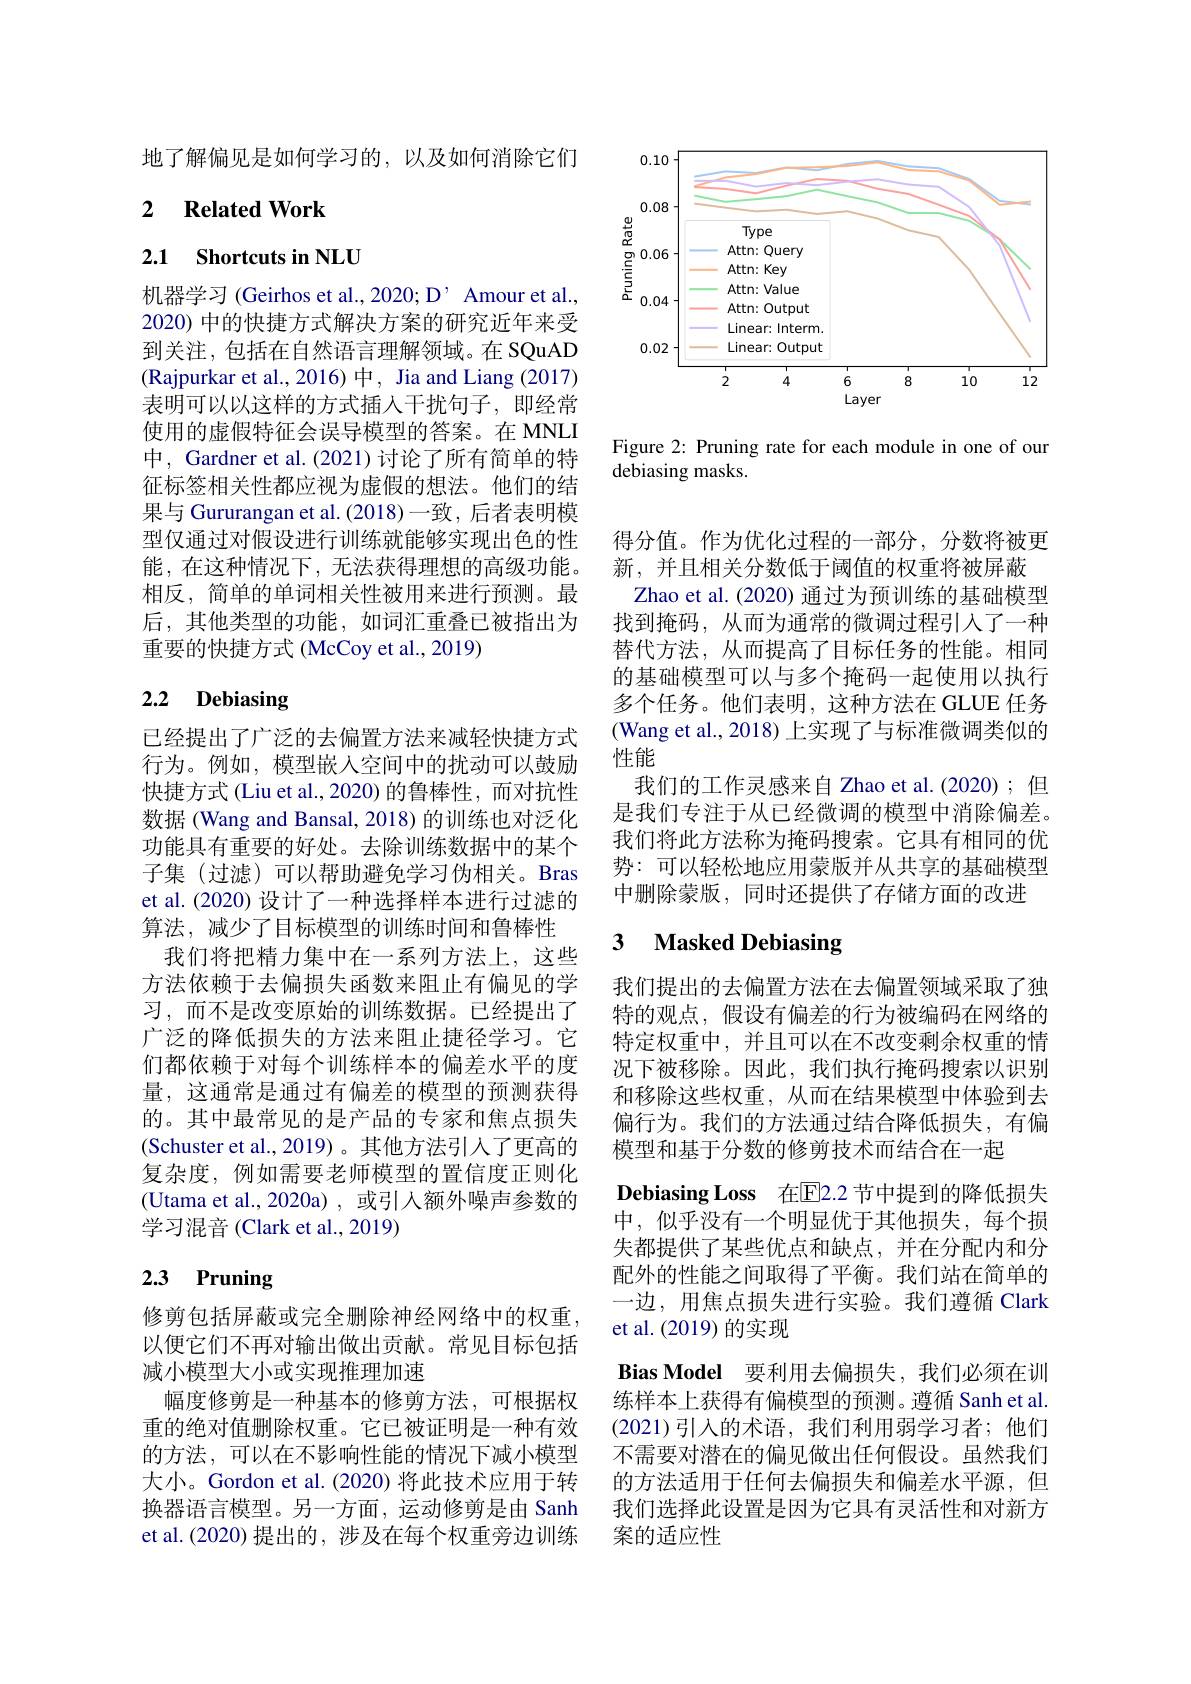
地了解偏见是如何学习的，以及如何消除它们

### 2 $\textbf{Related Work}$

## 2.1 Shortcuts in NLU

机器学习 (Geirhos et al.,2020; D' Amour et al., 2020) 中的快捷方式解决方案的研究近年来受到关注，包括在自然语言理解领域。在 SQuAD (Rajpurkar et al.,2016)中，Jia and Liang (2017) 表明可以以这样的方式插人干扰句子，即经常使用的虚假特征会误导模型的答案。在 MNLI 中，Gardner et al. (2021) 讨论了所有简单的特征标签相关性都应视为虚假的想法。他们的结果与 Gururangan et al. (2018)一致，后者表明模型仅通过对假设进行训练就能够实现出色的性能，在这种情况下，无法获得理想的高级功能。相反，简单的单词相关性被用来进行预测。最后，其他类型的功能，如词汇重叠已被指出为重要的快捷方式 (McCoy et al., 2019)

# 2.2 Debiasing

已经提出了广泛的去偏置方法来减轻快捷方式行为。例如，模型嵌入空间中的扰动可以鼓励快捷方式 (Liu et al.,2020) 的鲁棒性，而对抗性数据 (Wang and Bansal, 2018)的训练也对泛化功能具有重要的好处。去除训练数据中的某个子集(过滤)可以帮助避免学习伪相关。Bras et al. (2020) 设计了一种选择样本进行过滤的算法，减少了目标模型的训练时间和鲁棒性
我们将把精力集中在一系列方法上，这些方法依赖于去偏损失函数来阻止有偏见的学习，而不是改变原始的训练数据。已经提出了广泛的降低损失的方法来阻止捷径学习。它们都依赖于对每个训练样本的偏差水平的度量，这通常是通过有偏差的模型的预测获得的。其中最常见的是产品的专家和焦点损失(Schuster et al.,2019)。其他方法引入了更高的复杂度，例如需要老师模型的置信度正则化(Utama et al.,2020a) ,或引入额外噪声参数的学习混音 (Clark et al., 2019)

# 2.3 Pruning

修剪包括屏蔽或完全删除神经网络中的权重， 以便它们不再对输出做出贡献。常见目标包括减小模型大小或实现推理加速
幅度修剪是一种基本的修剪方法，可根据权重的绝对值删除权重。它已被证明是一种有效的方法，可以在不影响性能的情况下减小模型大小。Gordon et al.(2020) 将此技术应用于转换器语言模型。另一方面，运动修剪是由 Sanh et al.(2020)提出的，涉及在每个权重旁边训练

<FigureHere>

Figure 2: Pruning rate for each module in one of our
debiasing masks.

得分值。作为优化过程的一部分，分数将被更
新，并且相关分数低于阈值的权重将被屏蔽
Zhao et al. (2020) 通过为预训练的基础模型找到掩码，从而为通常的微调过程引入了一种替代方法，从而提高了目标任务的性能。相同的基础模型可以与多个掩码一起使用以执行多个任务。他们表明，这种方法在 GLUE 任务(Wang et al., 2018) 上实现了与标准微调类似的性能
我们的工作灵感来自 Zhao et al.(2020);但是我们专注于从已经微调的模型中消除偏差。我们将此方法称为掩码搜索。它具有相同的优势：可以轻松地应用蒙版并从共享的基础模型中删除蒙版，同时还提供了存储方面的改进

### 3 $\textbf{Masked Debiasing}$

我们提出的去偏置方法在去偏置领域采取了独特的观点，假设有偏差的行为被编码在网络的特定权重中，并且可以在不改变剩余权重的情况下被移除。因此，我们执行掩码搜索以识别和移除这些权重，从而在结果模型中体验到去偏行为。我们的方法通过结合降低损失，有偏模型和基于分数的修剪技术而结合在一起
$\textbf{Debiasing Loss 在 E2. 2 节 中 提 到 的 降 低 损 失 }$ 中，似乎没有一个明显优于其他损失，每个损失都提供了某些优点和缺点，并在分配内和分配外的性能之间取得了平衡。我们站在简单的一边，用焦点损失进行实验。我们遵循 Clark et al. (2019)的实现
Bias Model 要利用去偏损失，我们必须在训练样本上获得有偏模型的预测。遵循 Sanh et al. (2021)引入的术语，我们利用弱学习者；他们不需要对潜在的偏见做出任何假设。虽然我们的方法适用于任何去偏损失和偏差水平源，但我们选择此设置是因为它具有灵活性和对新方案的适应性